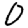
Digit: 0